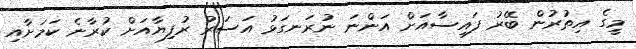
މީގެ އިތުރުން ބޭރު ފައިސާއަށް އަންނަ ނުރަނގަޅު އަސަރު ރުފިޔާއަށް ކުރާނެ ކަމަށާއި